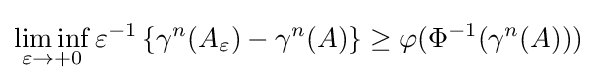
\liminf _{\varepsilon \to +0}\varepsilon ^{-1}\left\{\gamma ^{n}(A_{\varepsilon })-\gamma ^{n}(A)\right\}\geq \varphi (\Phi ^{-1}(\gamma ^{n}(A)))